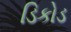
ડિકોડ